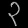
Digit: ၃